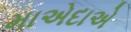
માએદાએ